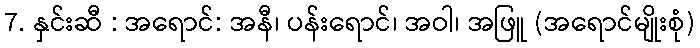
7. နှင်းဆီ : အရောင်: အနီ၊ ပန်းရောင်၊ အဝါ၊ အဖြူ (အရောင်မျိုးစုံ)